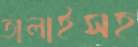
তালাইসহ